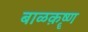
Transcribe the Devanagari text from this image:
बाळक़ॄष्‍ण